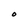
Character: O